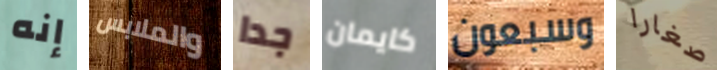
إنه والملابس جدا كايمان وسبعون صغارا